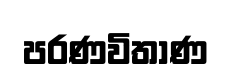
පරණවිතාණ